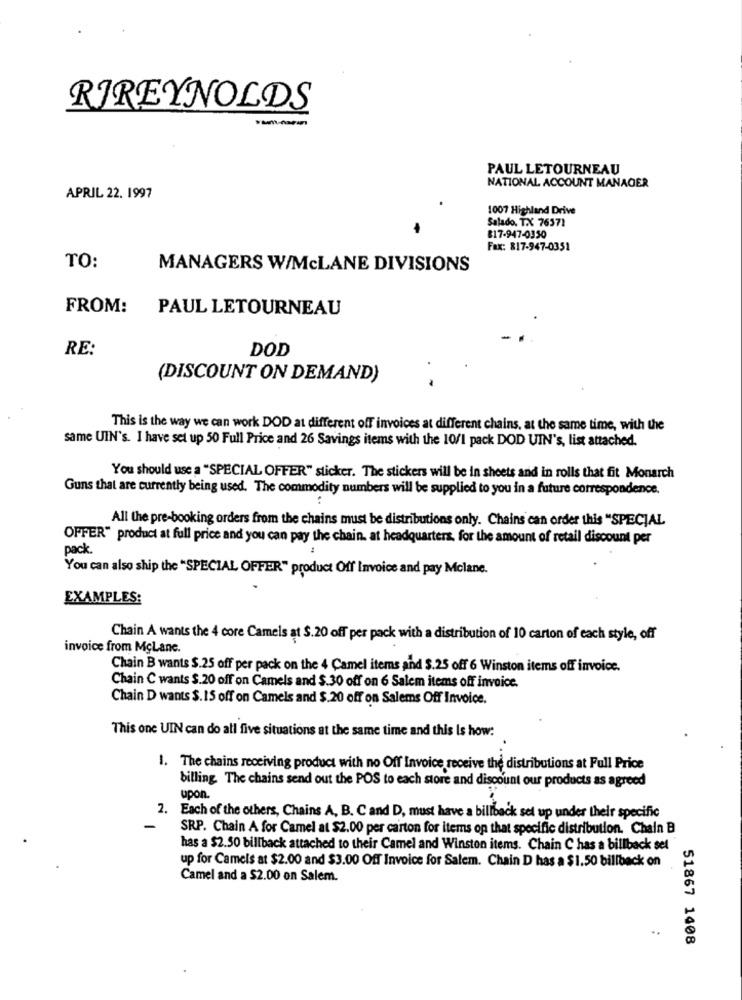
RIREYNOLDS
PAUL LETOURNEAU
NATIONAL ACCOUNT MANAGER
APRIL 22. 1997
1007 Highland Drive
Salado, TX 76571
817-947-0350
Fax: 817-947-0351
TO:
MANAGERS W/McLANE DIVISIONS
FROM:
PAUL LETOURNEAU
RE:
DOD
(DISCOUNT ON DEMAND)
This is the way we can work DOD at different off invoices at different chains, at the same time, with the
same UIN's. I have set up 50 Full Price and 26 Savings items with the 10/1 pack DOD UIN's, list attached.
You should use a "SPECIAL OFFER" sticker. The stickers will be in sheets and in rolls that fit Monarch
Guns that are currently being used. The commodity numbers will be supplied to you in a future correspondence.
All the pre-booking orders from the chains must be distributions only. Chains can order this "SPECJAL
OFFER" product at full price and you can pay the chain. at headquarters, for the amount of retail discount per
pack.
You can also ship the "SPECIAL OFFER" product Off Invoice and pay Mclane.
EXAMPLES:
Chain A wants the 4 core Camels at $.20 off per pack with a distribution of 10 carton of each style, off
invoice from McLane.
Chain B wants $.25 off per pack on the 4 Camel items and $.25 off 6 Winston items off invoice.
Chain C wants $.20 off on Camels and $.30 off on 6 Salem items off invoice.
Chain D wants $.15 off on Camels and $.20 off on Salems Off Invoice.
This one UIN can do all five situations at the same time and this Is how:
1. The chains receiving product with no Off Invoice receive the distributions at Full Price
billing The chains send out the POS to each store and discount our products as agreed
upon.
2. Each of the others, Chains A, B. C and D, must have a billback set up under their specific
-
SRP. Chain A for Camel at $2.00 per carton for items op that specific distribution. Chain B
has a $2.50 billback attached to their Camel and Winston items. Chain C has a billback sel
up for Camels at $2.00 and $3.00 Off Invoice for Salem. Chain D has a $1.50 billback on
Camel and a $2.00 on Salem.
51867 1408